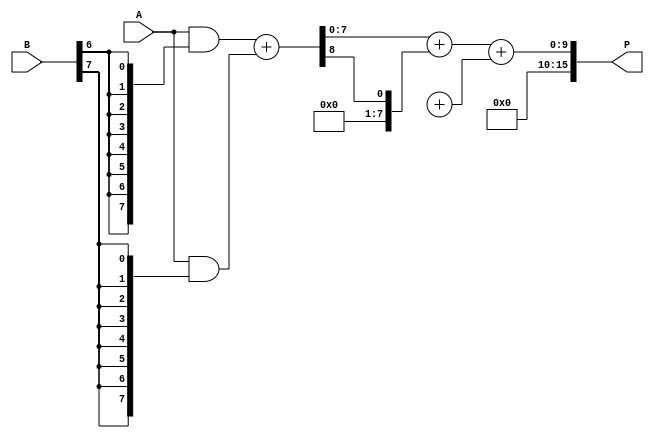
module WallaceTreeMultiplier #(parameter N = 8) (
    input  [N-1:0] A,
    input  [N-1:0] B,
    output reg [2*N-1:0] P
);

    // Partial product generation
    wire [N-1:0] pp [0:N-1]; // Partial products
    genvar i, j;
    generate
        for (i = 0; i < N; i = i + 1) begin : pp_gen
            assign pp[i] = A & {N{B[i]}};
        end
    endgenerate

    // Wallace tree reduction
    wire [N-1:0] sum [0:N-1]; // Sums at each stage
    wire [N-1:0] carry [0:N-1]; // Carries at each stage
    wire [N-1:0] temp_sum, temp_carry;

    // Stage 1: Combine partial products using half adders and full adders
    generate
        for (i = 0; i < N-1; i = i + 1) begin : stage1
            if (i % 2 == 0) begin
                assign {carry[i], sum[i]} = pp[i] + pp[i+1];
            end else begin
                assign {temp_carry, temp_sum} = pp[i] + pp[i+1];
                assign sum[i] = temp_sum + carry[i-1];
                assign carry[i] = temp_carry + (i > 1 ? carry[i-2] : 0);
            end
        end
    endgenerate

    // Final addition of the last two rows
    wire [2*N-1:0] final_sum;
    wire [2*N-1:0] final_carry;

    assign final_sum = {1'b0, sum[N-2]} + {1'b0, carry[N-2]};
    assign final_carry = {1'b0, sum[N-1]} + {1'b0, carry[N-1]};

    always @(*) begin
        P = final_sum + final_carry;
    end

endmodule